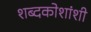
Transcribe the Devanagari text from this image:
शब्दकोशांशी